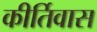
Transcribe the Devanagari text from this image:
कीर्तिवास